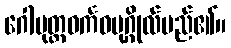
ဂေါမုတ္တဝင်္ကဝပုဂ္ဂိုလ်မည်၏။